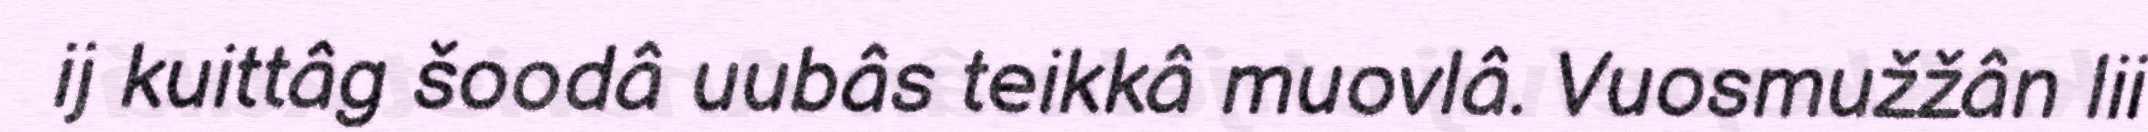
ij kuittâg šoodâ uubâs teikkâ muovlâ. Vuosmužžân lii